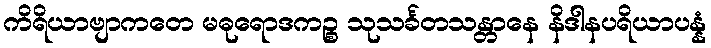
ကိရိယာဗျာကတေ မဓုရောဒကဉ္စ သုသင်္ခတသန္တာနေ နိဒါနပရိယာပန္နံ